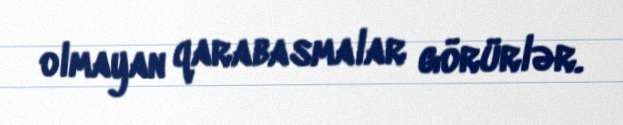
olmayan qarabasmalar görürlər.